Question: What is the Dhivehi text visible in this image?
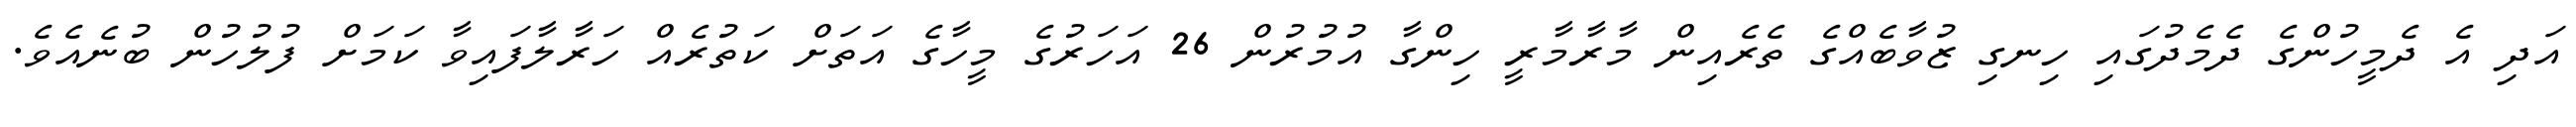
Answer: އަދި އެ ދެމީހުންގެ ދެމެދުގައި ހިނގި ޒުވާބެއްގެ ތެރެއިން މާރާމާރީ ހިންގާ އުމުރުން 26 އަހަރުގެ މީހާގެ އަތަށް ކަތުރެއް ހަރާލާފައިވާ ކަމަށް ފުލުހުން ބުނެއެވެ.